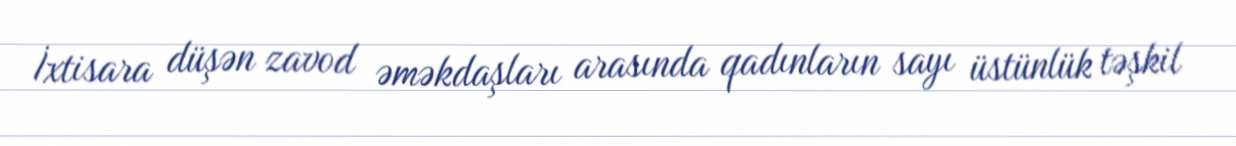
İxtisara düşən zavod əməkdaşları arasında qadınların sayı üstünlük təşkil